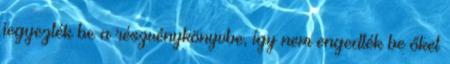
jegyezték be a részvénykönyvbe, így nem engedték be őket